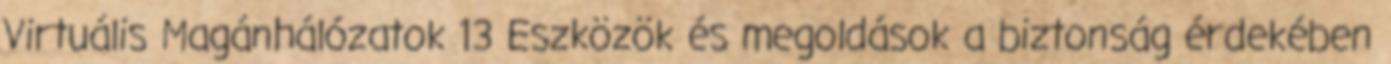
Virtuális Magánhálózatok 13 Eszközök és megoldások a biztonság érdekében